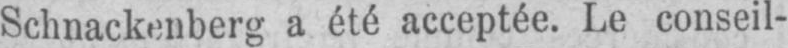
Schnackenberg a été acceptée. Le conseil-